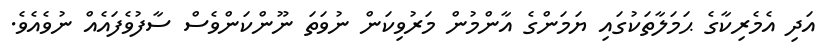
އަދި އެމެރިކާގެ ޙަމަލާތަކުގައި ޔަމަންގެ އާންމުން މަރުވިކަން ނުވަތަ ނޫންކަންވެސް ސާފުވެފައެއް ނުވެއެވެ.